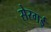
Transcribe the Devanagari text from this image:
सेरगई